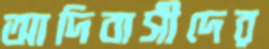
আদিবাসীদের